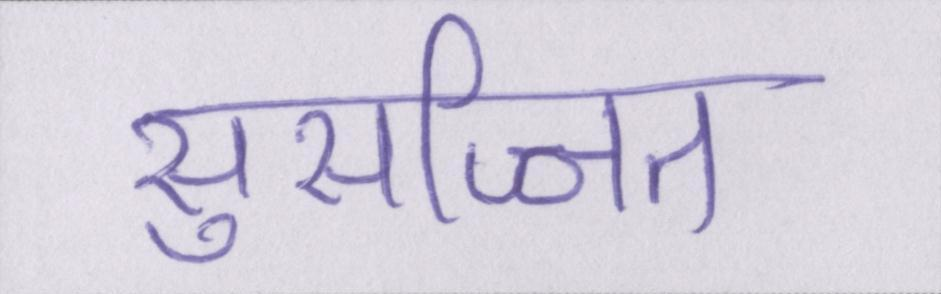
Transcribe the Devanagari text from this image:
सुसज्जित